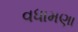
વધામણા